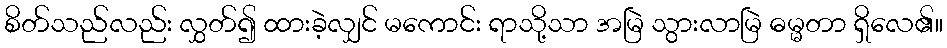
စိတ်သည်လည်း လွှတ်၍ ထားခဲ့လျှင် မကောင်း ရာသို့သာ အမြဲ သွားလာမြဲ ဓမ္မတာ ရှိလေ၏။